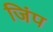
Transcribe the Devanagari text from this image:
जिंप